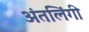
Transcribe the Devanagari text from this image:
अंतलिंगी